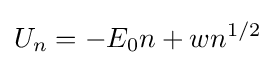
U_{n}=-E_{0}n+wn^{1/2}